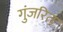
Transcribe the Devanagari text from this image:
गुंजरित